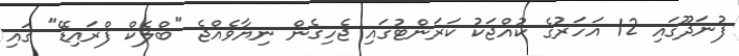
ފުނަދޫގައި 12 އަހަރުގެ ކުއްޖަކު ކަރަންޓުގައި ޖެހިގެން ނިޔާވެއްޖެ "ބްލެކް ފްރައިޑޭ" ގައި